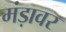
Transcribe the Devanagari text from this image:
मंड़ावर